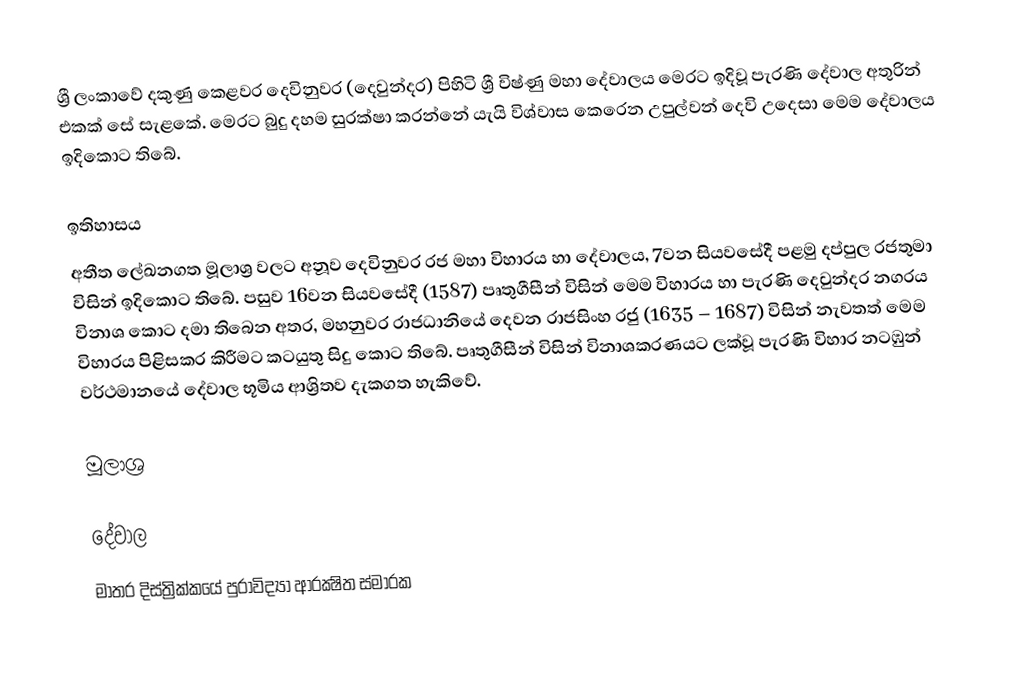
ශ්‍රී ලංකාවේ දකුණු කෙළවර දෙවිනුවර (දෙවුන්දර) පිහිටි ශ්‍රී විෂ්ණු මහා දේවාලය මෙරට ඉදිවූ පැරණි දේවාල අතුරින් එකක් සේ සැළකේ. මෙරට බුදු දහම සුරක්ෂා කරන්නේ යැයි විශ්වාස කෙරෙන උපුල්වන් දෙවි උදෙසා මෙම දේවාලය ඉදිකොට තිබේ.

ඉතිහාසය
අතීත ලේඛනගත මූලාශ්‍ර වලට අනූව දෙවිනුවර රජ මහා විහාරය හා දේවාලය, 7වන සියවසේදී පළමු දප්පුල රජතුමා විසින් ඉදිකොට තිබේ.  පසුව 16වන සියවසේදී (1587) පෘතුගීසීන් විසින් මෙම විහාරය හා පැරණි දෙවුන්දර නගරය විනාශ කොට දමා තිබෙන අතර, මහනුවර රාජධානියේ දෙවන රාජසිංහ රජු (1635 – 1687) විසින් නැවතත් මෙම විහාරය පිළිසකර කිරීමට කටයුතු සිදු කොට තිබේ. පෘතුගීසීන් විසින් විනාශකරණයට ලක්වූ පැරණි විහාර නටඹුන් වර්ථමානයේ දේවාල භූමිය ආශ්‍රිතව දැකගත හැකිවේ.

මූලාශ්‍ර

දේවාල
මාතර දිස්ත්‍රික්කයේ පුරාවිද්‍යා ආරක්‍ෂිත ස්මාරක